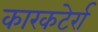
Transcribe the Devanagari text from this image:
कारकटेर्रा